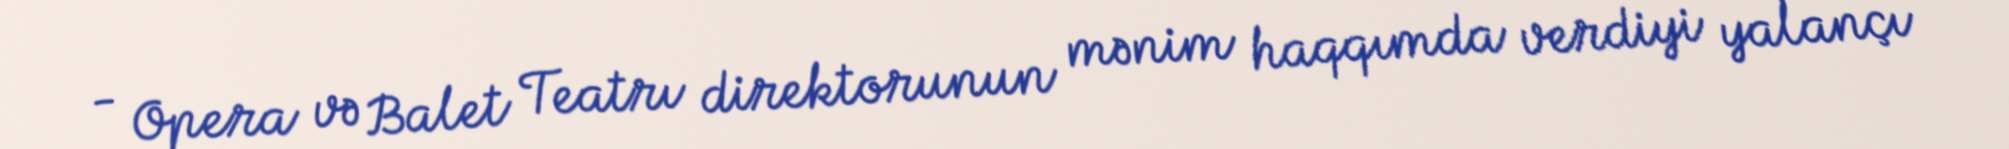
- Opera və Balet Teatrı direktorunun mənim haqqımda verdiyi yalançı